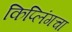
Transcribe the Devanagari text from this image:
किप्लिंगचा